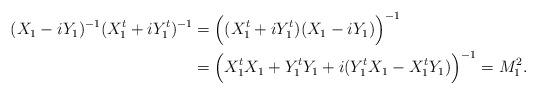
LaTeX: \begin{align*} \begin{aligned}(X_1 - i Y_1)^{-1} (X_1^t + i Y_1^t)^{-1} &= \Big((X_1^t + i Y_1^t) (X_1 - i Y_1) \Big)^{-1} \\&= \Big(X_1^t X_1 + Y_1^t Y_1 + i (Y_1^t X_1 - X_1^t Y_1) \Big)^{-1}= M_1^2.\end{aligned}\end{align*}